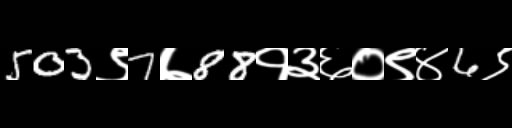
Text: 503९7७88१३६०९४6९